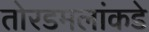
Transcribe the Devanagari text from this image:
तोरडमलांकडे